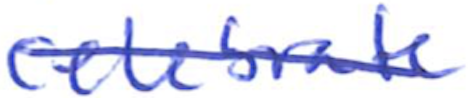
Text: celebrate
Cross-out: mix
Writing tool: ballpoint